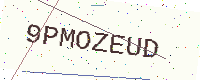
Text: 9PMOZEUD